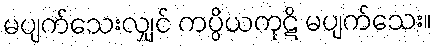
မပျက်သေးလျှင် ကပ္ပိယကုဋိ မပျက်သေး။